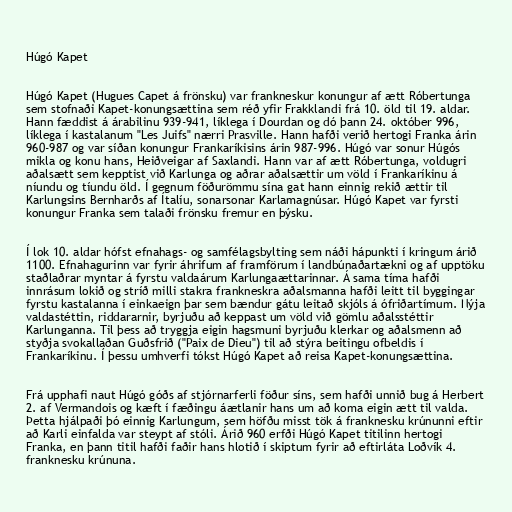
Húgó Kapet

Húgó Kapet (Hugues Capet á frönsku) var frankneskur konungur af ætt Róbertunga
sem stofnaði Kapet-konungsættina sem réð yfir Frakklandi frá 10. öld til 19. aldar.
Hann fæddist á árabilinu 939-941, líklega í Dourdan og dó þann 24. október 996,
líklega í kastalanum "Les Juifs" nærri Prasville. Hann hafði verið hertogi Franka árin
960-987 og var síðan konungur Frankaríkisins árin 987-996. Húgó var sonur Húgós
mikla og konu hans, Heiðveigar af Saxlandi. Hann var af ætt Róbertunga, voldugri
aðalsætt sem kepptist við Karlunga og aðrar aðalsættir um völd í Frankaríkinu á
níundu og tíundu öld. Í gegnum föðurömmu sína gat hann einnig rekið ættir til
Karlungsins Bernharðs af Ítalíu, sonarsonar Karlamagnúsar. Húgó Kapet var fyrsti
konungur Franka sem talaði frönsku fremur en þýsku.

Í lok 10. aldar hófst efnahags- og samfélagsbylting sem náði hápunkti í kringum árið
1100. Efnahagurinn var fyrir áhrifum af framförum í landbúnaðartækni og af upptöku
staðlaðrar myntar á fyrstu valdaárum Karlungaættarinnar. Á sama tíma hafði
innrásum lokið og stríð milli stakra frankneskra aðalsmanna hafði leitt til byggingar
fyrstu kastalanna í einkaeign þar sem bændur gátu leitað skjóls á ófriðartímum. Nýja
valdastéttin, riddararnir, byrjuðu að keppast um völd við gömlu aðalsstéttir
Karlunganna. Til þess að tryggja eigin hagsmuni byrjuðu klerkar og aðalsmenn að
styðja svokallaðan Guðsfrið ("Paix de Dieu") til að stýra beitingu ofbeldis í
Frankaríkinu. Í þessu umhverfi tókst Húgó Kapet að reisa Kapet-konungsættina.

Frá upphafi naut Húgó góðs af stjórnarferli föður síns, sem hafði unnið bug á Herbert
2. af Vermandois og kæft í fæðingu áætlanir hans um að koma eigin ætt til valda.
Þetta hjálpaði þó einnig Karlungum, sem höfðu misst tök á franknesku krúnunni eftir
að Karli einfalda var steypt af stóli. Árið 960 erfði Húgó Kapet titilinn hertogi
Franka, en þann titil hafði faðir hans hlotið í skiptum fyrir að eftirláta Loðvík 4.
franknesku krúnuna.